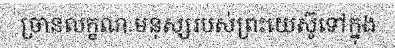
ច្រានលក្ខណៈមនុស្សរបស់ព្រះយេស៊ូទៅក្នុង